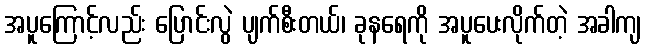
အပူကြောင့်လည်း ပြောင်းလွဲ ပျက်စီးတယ်၊ ခုနရေကို အပူပေးလိုက်တဲ့ အခါကျ